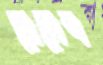
ব্রেমেন